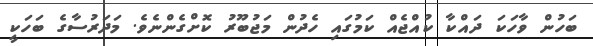
ބަހުން ވާހަކަ ދައްކާ ކުއްޖެއް ކަމުގައި ހެދުން މަޖުބޫރު ކޮށްގެންނެވެ. މަދަރުސާގެ ބަހަކީ